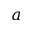
a